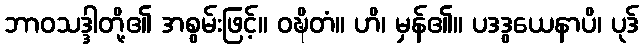
ဘာဝသဒ္ဒါတို့၏ အစွမ်းဖြင့်။ ဝဍ္ဎိတံ။ ဟိ၊ မှန်၏။ ပဒဒွယေနာပိ၊ ပုဒ်